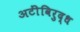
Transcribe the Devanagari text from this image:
अटींविरुद्ध